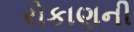
રોકાણની